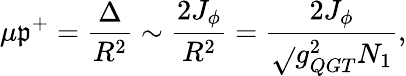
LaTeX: \mu\mathfrak{p}^{+}=\frac{{\Delta}}{{R^{2}}}\sim\frac{{2J_{\phi}}}{{R^{2}}}=\frac{{2J_{\phi}}}{{\sqrt{}{{g_{QGT}^{2}N_{1}}}}},